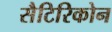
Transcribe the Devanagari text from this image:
सैटिरिकोन